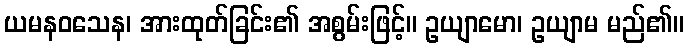
ယမနဝသေန၊ အားထုတ်ခြင်း၏ အစွမ်းဖြင့်။ ဥယျာမော၊ ဥယျာမ မည်၏။